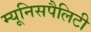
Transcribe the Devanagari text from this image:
म्यूनिसपैलिटी